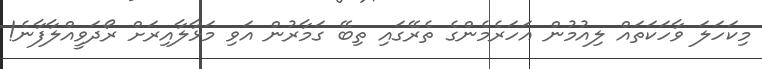
މިކަހަލަ ވާހަކަތައް ލިއުމުން އަހަރެމެންގެ ތެރޭގައި ތިބޭ ގަމާރުން އަވި މަޅާލާއިރަށް ރޯދަވީއްލާފާނެ!